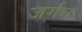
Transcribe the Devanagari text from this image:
जर्गन